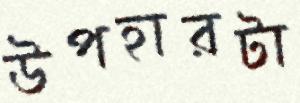
উপহারটা